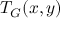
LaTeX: T _ { G } ( x , y )